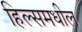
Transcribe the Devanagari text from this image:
हिल्समधील